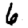
Digit: 6